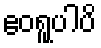
ဧဝရူပါပိ